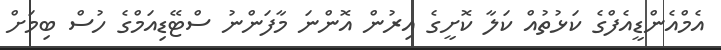
އެމްއެންޑީއެފްގެ ކަޅުތުއް ކަލާ ކޮށީގެ އިރުން އޮންނަ މާފަންނު ސްޓޭޑިއަމްގެ ހުސް ބިމަށް